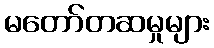
မတော်တဆမှုများ